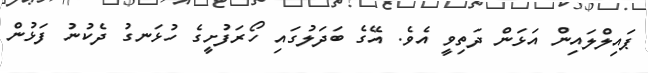
ޕައިލްލައިން އަޅަން ދަތިވީ އެވެ. އޭގެ ބަދަލުގައި ހޯރަފުށީގެ ހުޅަނގު ދެކުނު ފަޅުން